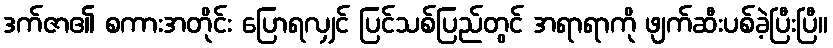
ဒက်ဇာ၏ စကားအတိုင်း ပြောရလျှင် ပြင်သစ်ပြည်တွင် အရာရာကို ဖျက်ဆီးပစ်ခဲ့ပြီးပြီ။